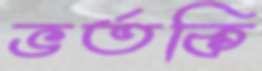
ভর্তকি